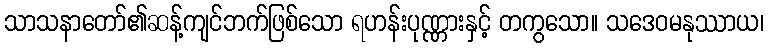
သာသနာတော်၏ဆန့်ကျင်ဘက်ဖြစ်သော ရဟန်းပုဏ္ဏားနှင့် တကွသော။ သဒေဝမနုဿာယ၊